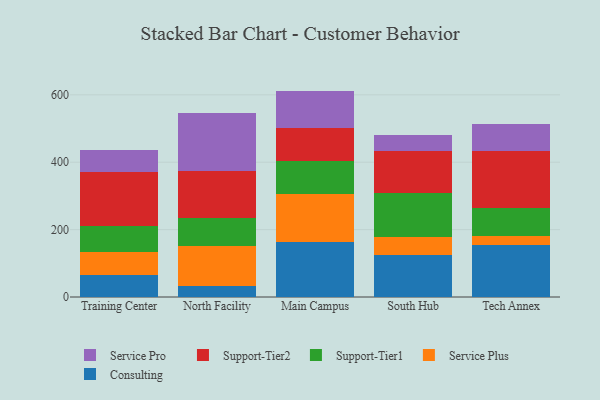
{"axis": {"x": "Campus", "y": "Satisfaction Score"}, "legend": ["Consulting", "Service Plus", "Service Pro", "Support-Tier1", "Support-Tier2"], "data": [{"x": "Training Center", "y": 65.1, "type": "Consulting"}, {"x": "Training Center", "y": 68.9, "type": "Service Plus"}, {"x": "Training Center", "y": 76.3, "type": "Support-Tier1"}, {"x": "Training Center", "y": 159.9, "type": "Support-Tier2"}, {"x": "Training Center", "y": 64.7, "type": "Service Pro"}, {"x": "North Facility", "y": 32.7, "type": "Consulting"}, {"x": "North Facility", "y": 119.7, "type": "Service Plus"}, {"x": "North Facility", "y": 80.8, "type": "Support-Tier1"}, {"x": "North Facility", "y": 139.6, "type": "Support-Tier2"}, {"x": "North Facility", "y": 172.1, "type": "Service Pro"}, {"x": "Main Campus", "y": 164.3, "type": "Consulting"}, {"x": "Main Campus", "y": 142.0, "type": "Service Plus"}, {"x": "Main Campus", "y": 97.1, "type": "Support-Tier1"}, {"x": "Main Campus", "y": 97.9, "type": "Support-Tier2"}, {"x": "Main Campus", "y": 110.5, "type": "Service Pro"}, {"x": "South Hub", "y": 125.1, "type": "Consulting"}, {"x": "South Hub", "y": 54.1, "type": "Service Plus"}, {"x": "South Hub", "y": 130.0, "type": "Support-Tier1"}, {"x": "South Hub", "y": 124.7, "type": "Support-Tier2"}, {"x": "South Hub", "y": 47.4, "type": "Service Pro"}, {"x": "Tech Annex", "y": 154.8, "type": "Consulting"}, {"x": "Tech Annex", "y": 25.1, "type": "Service Plus"}, {"x": "Tech Annex", "y": 84.1, "type": "Support-Tier1"}, {"x": "Tech Annex", "y": 168.3, "type": "Support-Tier2"}, {"x": "Tech Annex", "y": 81.6, "type": "Service Pro"}]}